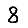
Digit: 8